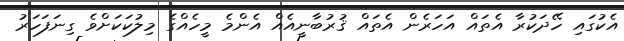
އެކުގައި ހޭދަކުރާ އެތައް އަހަރެން އެތައް ޤުރުބާނީއެއް އެންމެ މީހެއްގެ މިލުކަކަށްވެ ގިނަފަހަރު